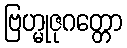
ဗြဟ္မုဇုဂတ္တော